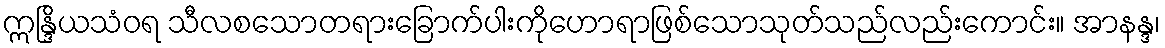
ဣန္ဒြိယသံဝရ သီလစသောတရားခြောက်ပါးကိုဟောရာဖြစ်သောသုတ်သည်လည်းကောင်း။ အာနန္ဒ၊